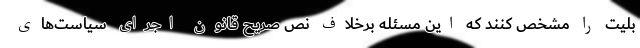
بلیت را مشخص کنند که این مسئله برخلاف نص صریح قانون اجرای سیاست‌های